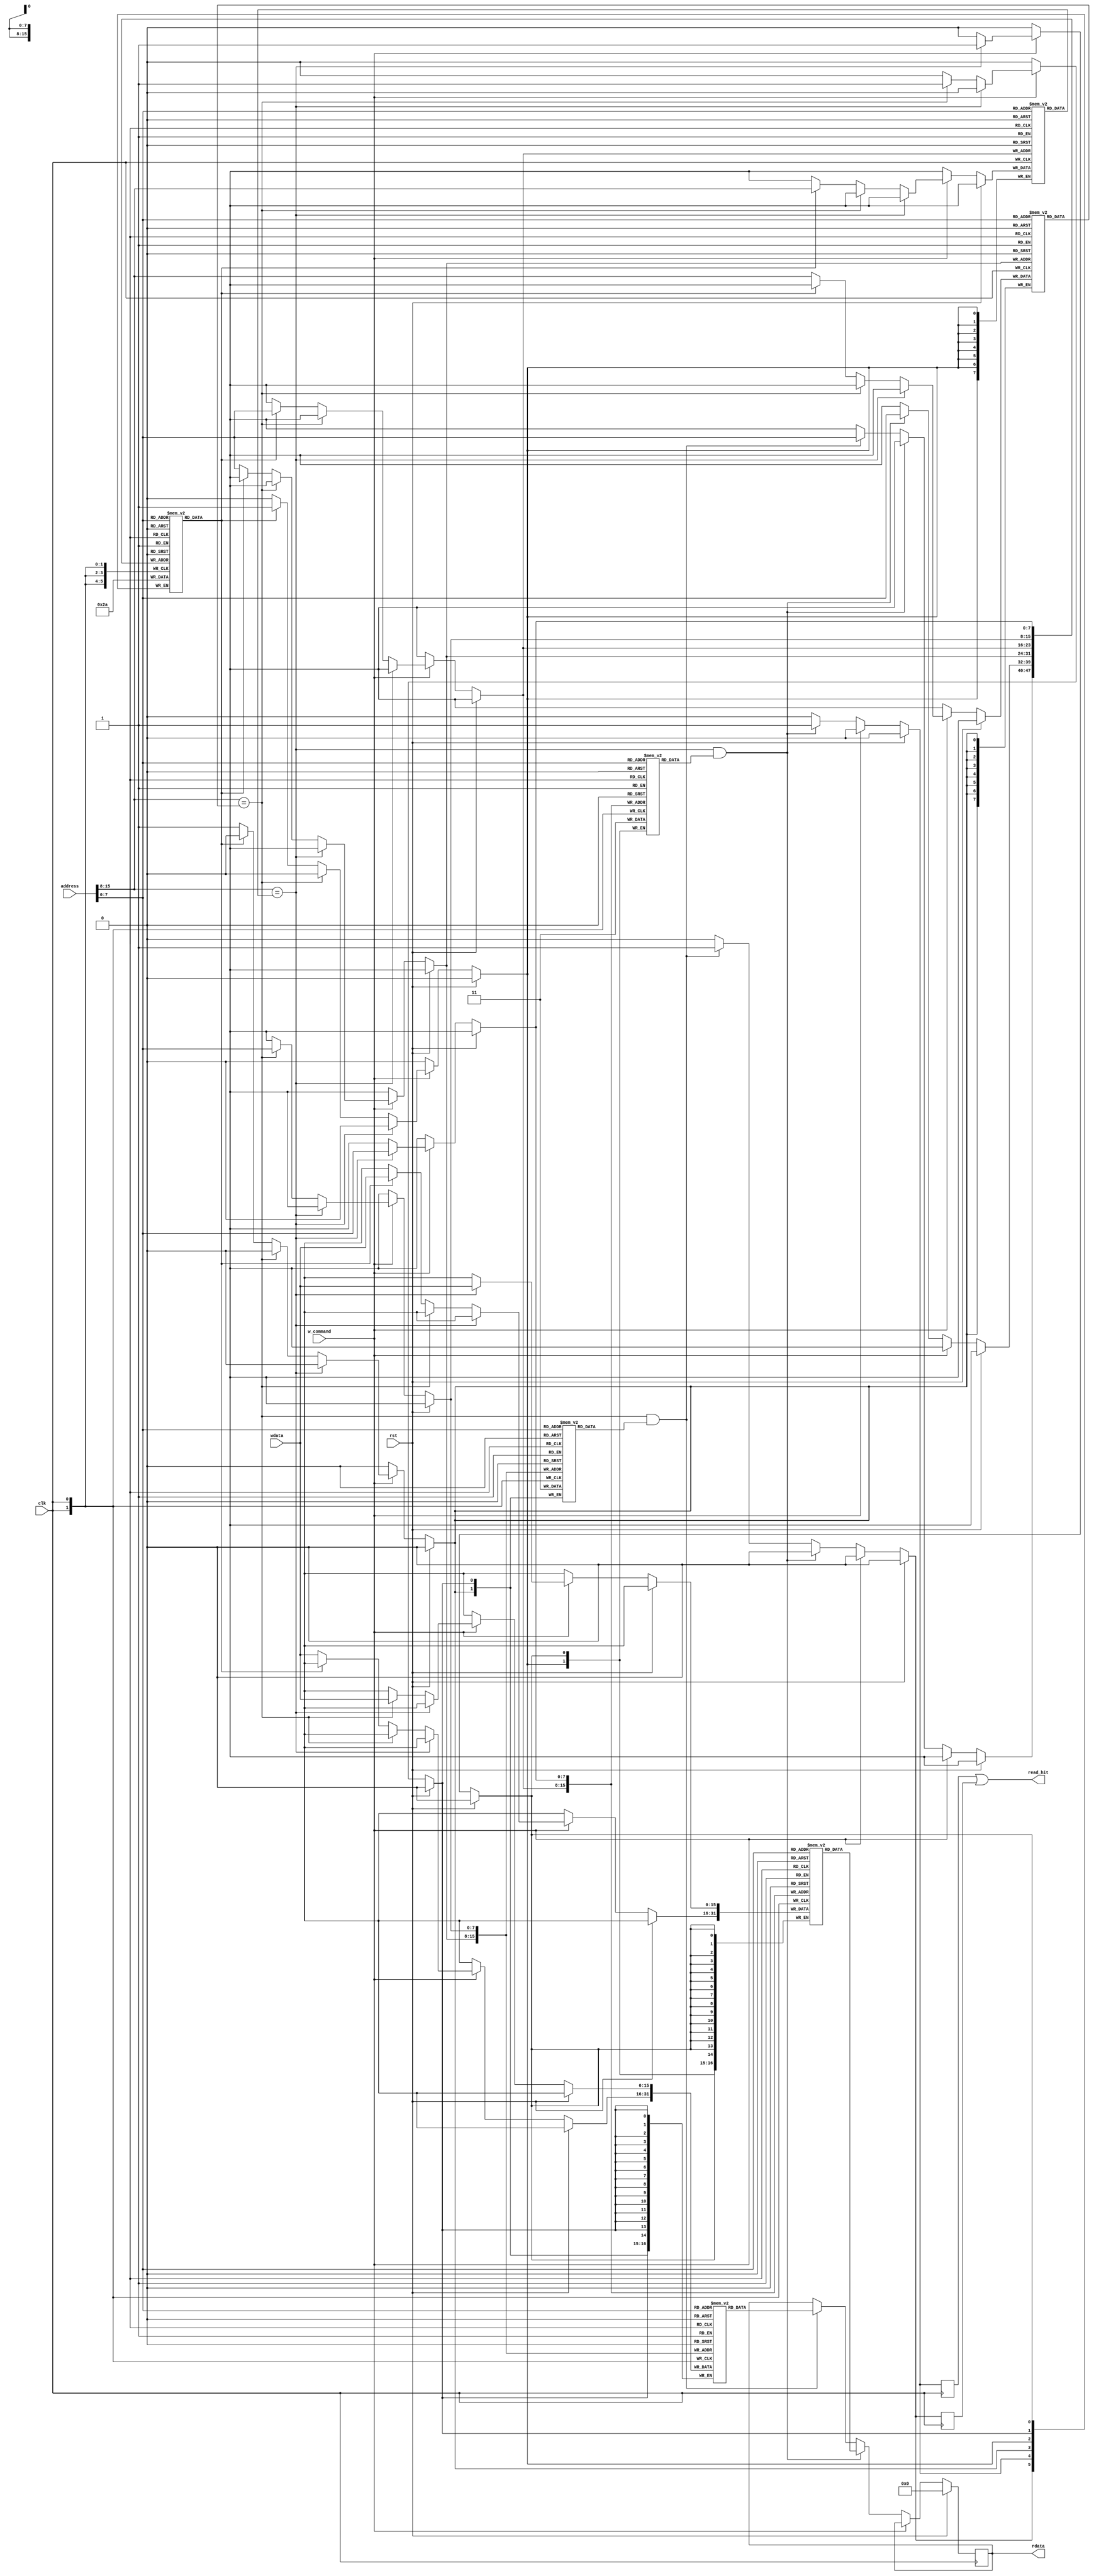
module cache(
	input clk, rst,
	input	[15:0] address,
	input	[15:0] wdata,
	input 	w_command,
	output	[15:0] rdata,
	output	read_hit
);
	reg recently_used_col [255:0];
	reg [7:0] tag_bank_1	[255:0];
	reg [7:0] tag_bank_2	[255:0];
	reg [15:0] data_bank_1	[255:0];
	reg [15:0] data_bank_2	[255:0];
	reg valid_bank_1	[255:0];
	reg valid_bank_2	[255:0];
	reg [15:0] selected_data;
	reg set_1_hit, set_2_hit;

	wire [7:0] tag;
	wire [7:0] index;
	assign tag=address[15:8];
	assign index=address[7:0];

	assign read_hit=(set_1_hit || set_2_hit);
	assign rdata=selected_data;

	always@(posedge clk)
	begin
		if(rst)
		begin
			selected_data<=0;
			set_1_hit<=0;
			set_2_hit<=0;
		end
		else
			if(w_command==1'b1)
			begin
				set_1_hit<=1'b0;
				set_2_hit<=1'b0;

				if(tag==tag_bank_1[index])
				begin
					valid_bank_1[index]<=1'b1;
					data_bank_1[index]<=wdata;
					recently_used_col[index]<=1'b0;
				end
				else
				begin
					if(tag==tag_bank_2[index])
					begin
						valid_bank_2[index]<=1'b1;
						data_bank_2[index]<=wdata;
						recently_used_col[index]<=1'b1;
					end
					else
					begin
						if(recently_used_col[index]==1'b1)
						begin
							valid_bank_1[index]<=1'b1;
							data_bank_1[index]<=wdata;
							tag_bank_1[index]<=tag;
							recently_used_col[index]<=1'b0;
						end
						else
						begin
							valid_bank_2[index]<=1'b1;
							data_bank_2[index]<=wdata;
							tag_bank_2[index]<=tag;
							recently_used_col[index]<=1'b1;
						end
					end
				end
			end
			else
			begin
				if(tag==tag_bank_1[index] && valid_bank_1[index]==1'b1)
				begin
					set_1_hit<=1'b1;
					set_2_hit<=1'b0;
					recently_used_col[index]<=1'b0;
					selected_data<=data_bank_1[index];
				end
				else
				begin
					if(tag==tag_bank_2[index] && valid_bank_2[index]==1'b1)
					begin
						set_1_hit<=1'b0;
						set_2_hit<=1'b1;
						recently_used_col[index]<=1'b1;
						selected_data<=data_bank_2[index];
					end
					else
					begin
						set_1_hit<=1'b0;
						set_2_hit<=1'b0;
					end
				end
			end
	end
	
endmodule